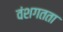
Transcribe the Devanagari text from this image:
वंशगतता